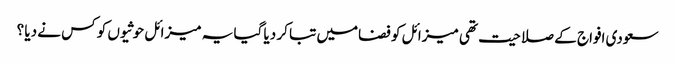
سعودی افواج کے صلاحیت تھی میزائل کو فضامیں تبا کر دیا گیا یہ میزائل حوثیوں کو کس نے دیا ؟